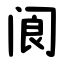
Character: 阆